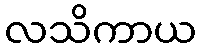
လသိကာယ